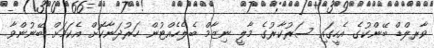
ވާރލްޑް ބޭންކުގެ އެހީގައި ސަރުކާރުގެ މާލީ ނިޒާމް ބެލެހެއްޓުން ހަރުދަނާކޮށް އެކަމަށް ބޭނުންވާ